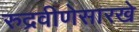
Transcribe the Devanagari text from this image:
रुद्रवीणेसारखे